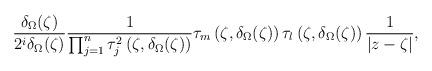
LaTeX: \begin{align*}\frac{\delta_{\Omega}(\zeta)}{2^{i}\delta_{\Omega}(\zeta)}\frac{1}{\prod_{j=1}^{n}\tau_{j}^{2}\left(\zeta,\delta_{\Omega}(\zeta)\right)}\tau_{m}\left(\zeta,\delta_{\Omega}(\zeta)\right)\tau_{l}\left(\zeta,\delta_{\Omega}(\zeta)\right)\frac{1}{\left|z-\zeta\right|},\end{align*}